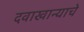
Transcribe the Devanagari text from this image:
दवाखान्याचे